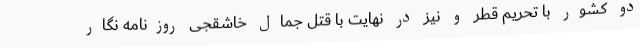
دو کشور با تحریم قطر و نیز در نهایت با قتل جمال خاشقجی روزنامه نگار